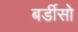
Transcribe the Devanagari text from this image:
बर्डीसो